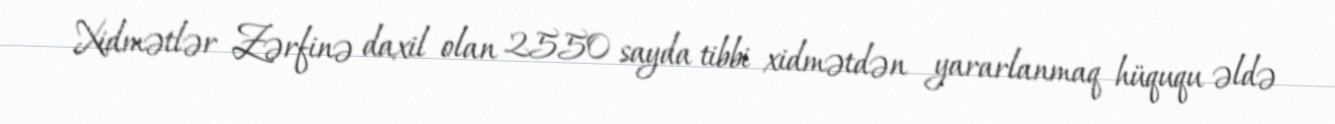
Xidmətlər Zərfinə daxil olan 2550 sayda tibbi xidmətdən yararlanmaq hüququ əldə